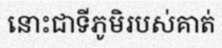
នោះជាទីភូមិរបស់គាត់